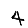
Digit: 4